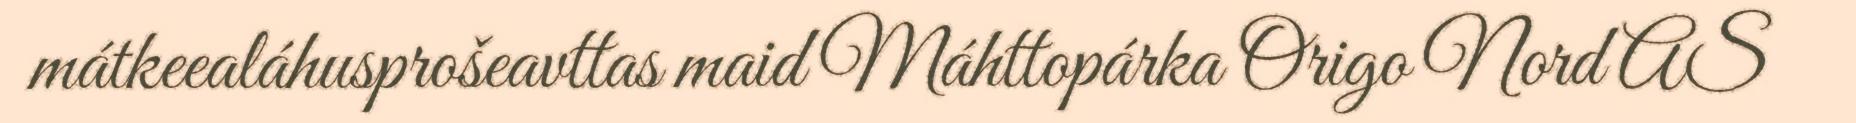
mátkeealáhusprošeavttas maid Máhttopárka Origo Nord AS